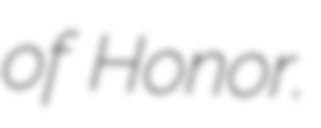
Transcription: of Honor.